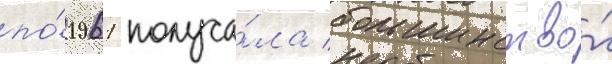
по́ 1961 получа́ла большинство́